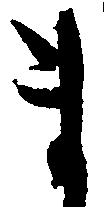
ま